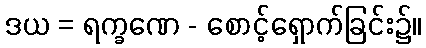
ဒယ = ရက္ခဏေ - စောင့်ရှောက်ခြင်း၌။